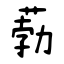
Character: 葧